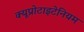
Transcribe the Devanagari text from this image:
क्यूप्रोटाइटेनियम